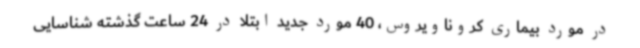
در مورد بیماری کروناویروس، 40 مورد جدید ابتلا در 24 ساعت گذشته شناسایی